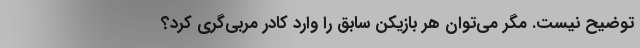
توضیح نیست. مگر می‌توان هر بازیکن سابق را وارد کادر مربی‌گری کرد؟